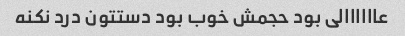
عاااااالی بود حجمش خوب بود دستتون درد نکنه